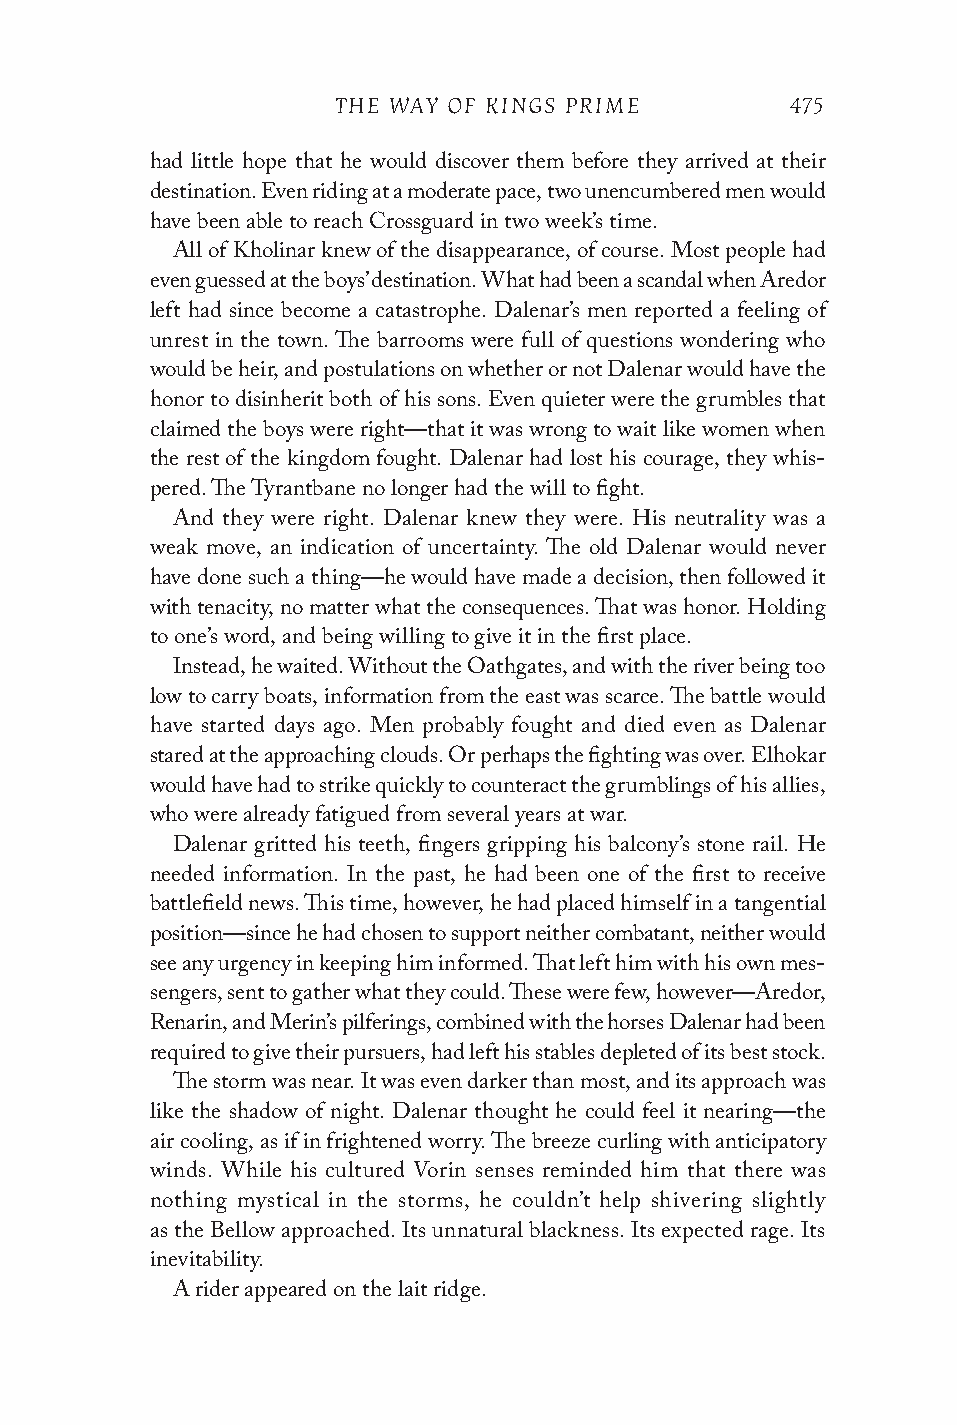
THE WAY OF KINGS PRIME        475
 had little hope that he would discover them before they arrived at their
 destination. Even riding at a moderate pace, two unencumbered men would
 have been able to reach Crossguard in two week’s time.
 All of Kholinar knew of the disappearance, of course. Most people had
 even guessed at the boys’ destination. What had been a scandal when Aredor
 left had since become a catastrophe. Dalenar’s men reported a feeling of
 unrest in the town. The barrooms were full of questions wondering who
 would be heir, and postulations on whether or not Dalenar would have the
 honor to disinherit both of his sons. Even quieter were the grumbles that
 claimed the boys were right—that it was wrong to wait like women when
 the rest of the kingdom fought. Dalenar had lost his courage, they whis-
 pered. The Tyrantbane no longer had the will to fight.
 And they were right. Dalenar knew they were. His neutrality was a
 weak move, an indication of uncertainty. The old Dalenar would never
 have done such a thing—he would have made a decision, then followed it
 with tenacity, no matter what the consequences. That was honor. Holding
 to one’s word, and being willing to give it in the first place.
 Instead, he waited. Without the Oathgates, and with the river being too
 low to carry boats, information from the east was scarce. The battle would
 have started days ago. Men probably fought and died even as Dalenar
 stared at the approaching clouds. Or perhaps the fighting was over. Elhokar
 would have had to strike quickly to counteract the grumblings of his allies,
 who were already fatigued from several years at war.
 Dalenar gritted his teeth, fingers gripping his balcony’s stone rail. He
 needed information. In the past, he had been one of the first to receive
 battlefield news. This time, however, he had placed himself in a tangential
 position—since he had chosen to support neither combatant, neither would
 see any urgency in keeping him informed. That left him with his own mes-
 sengers, sent to gather what they could. These were few, however—Aredor,
 Renarin, and Merin’s pilferings, combined with the horses Dalenar had been
 required to give their pursuers, had left his stables depleted of its best stock.
 The storm was near. It was even darker than most, and its approach was
 like the shadow of night. Dalenar thought he could feel it nearing—the
 air cooling, as if in frightened worry. The breeze curling with anticipatory
 winds. While his cultured Vorin senses reminded him that there was
 nothing mystical in the storms, he couldn’t help shivering slightly
 as the Bellow approached. Its unnatural blackness. Its expected rage. Its
 inevitability.
 A rider appeared on the lait ridge.